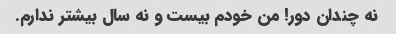
نه چندان دور! من خودم بیست و نه سال بیشتر ندارم.